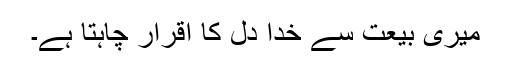
میری بیعت سے خدا دل کا اقرار چاہتا ہے۔